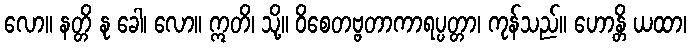
လော။ နတ္တိ နု ခေါ၊ လော။ ဣတိ၊ သို့။ ဝိစေတဗ္ဗတာကာရပ္ပတ္တာ၊ ကုန်သည်။ ဟောန္တိ ယထာ၊